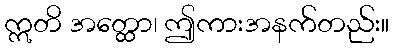
ဣတိ အတ္ထော၊ ဤကားအနက်တည်း။